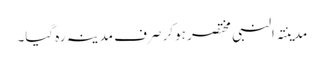
مدینتہ النبی مختصر ہوکر صرف مدینہ رہ گیا۔